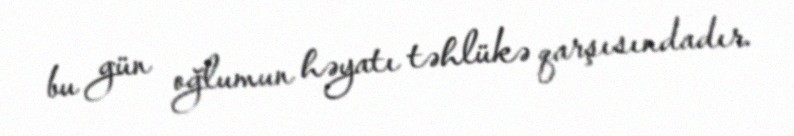
bu gün oğlumun həyatı təhlükə qarşısındadır.